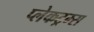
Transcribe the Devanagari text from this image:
प्लेकट्रम्स